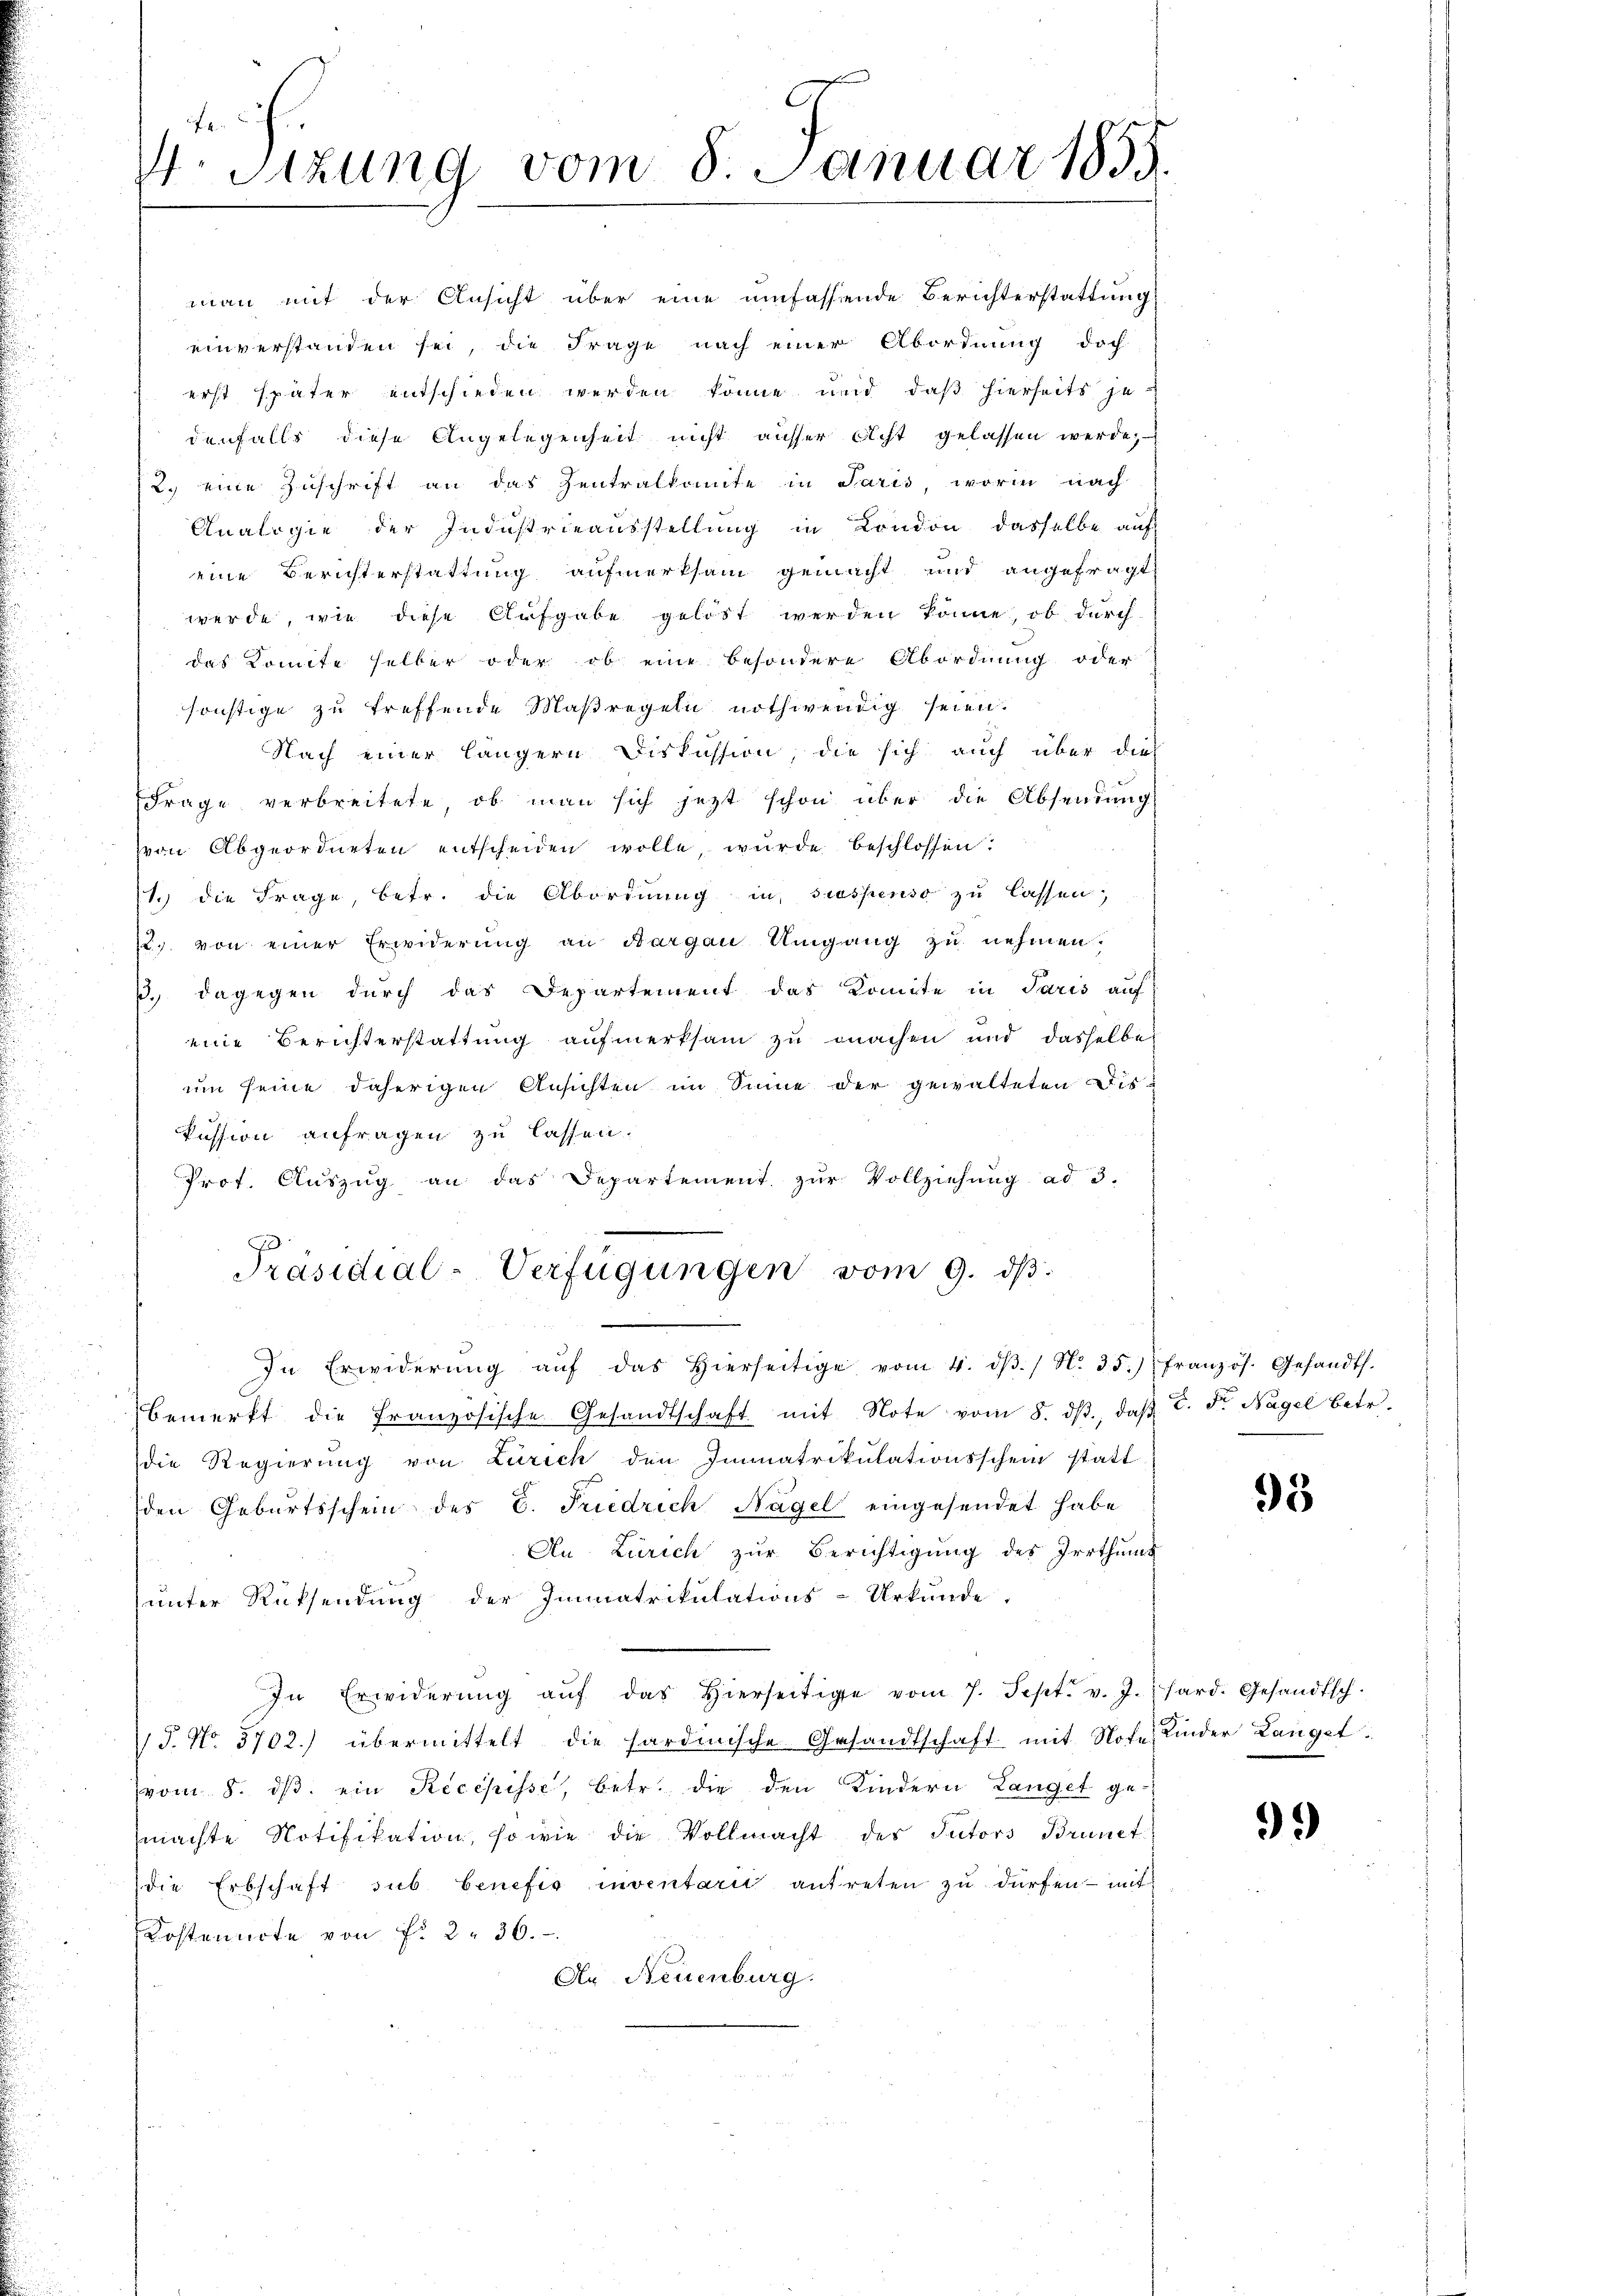
4. Sitzung vom 8. Januar 1855.

man mit der Ansicht über eine umfassende Berichterstattung
einverstanden sei, die Frage nach einer Abordnung doch
erst später entschieden werden könne und daß hierseits jedenfalls diese Angelegenheit nicht ausser Acht gelassen werde,
2. eine Zuschrift an das Zentralkomite in Paris, worin nach
Analogie der Industrieausstellung in London dasselbe auf
eine Berichterstattung aufmerksam gemacht und angefragt
werde, wie diese Aufgabe gelöst werden könne, ob durch
das Komite selber oder ob eine besondere Abordnung oder
sonstige zu treffende Maßregeln nothwendig seien.
Nach einer längern Diskussion, die sich auch über dies
Frage verbreitete, ob man sich jetzt schon über die Absendung
von Abgeordneten entscheiden wolle, wurde beschlossen:
1. die Frage, betr. die Abordnung in suspenso zu lassen,
22. von einer Erwiderung an Bargau Umgang zu nehmen.
ß. dagegen durch das Departement das Komite in Paris auf
eine Berichterstattung aufmerksam zu machen und dasselben
um seine daherigen Ansichten im Sinne der gewalteten Wiskussion anfragen zu lassen.
Prot. Auszug an das Departement zur Vollziehung ad 3.
Präsidial-Verfügungen vom 9. ds.
In Erwiderŭng aŭf das hierseitige vom 4. dβ. / N. 35.) Französ. Gesandts.
bemerkt die französische Gesandtschaft mit Note vom 8. dβ, daβ C. Fr. Nagel betr.
die Regierŭng von Zürich den Immatrikulationsschein statt
den Geburtsschein des C. Friedrich Nagel eingesendet habe
An Zürich zur Berichtigung des Irrthums
unter Rücksendung der Immatrikulations-Urkunde.
In Erwiderŭng aŭf das hierseitige vom 7. Sept. v. J. hard. Gesandtsch.
J. No. 5702) übermittelt die sardinische Gesandtschaft mit Note Kinder Langet
(vom 8. dβ ein Recepisse, betr. die den Kindern Langel ge-
machte Notifikation, so wie die Vollmacht des Tutors Brunet
die Erbschaft sub benefig inventarii antreten zu dürfen – mit
Kostenarte von f. 2. 36.
An Neuenburg.

93

.